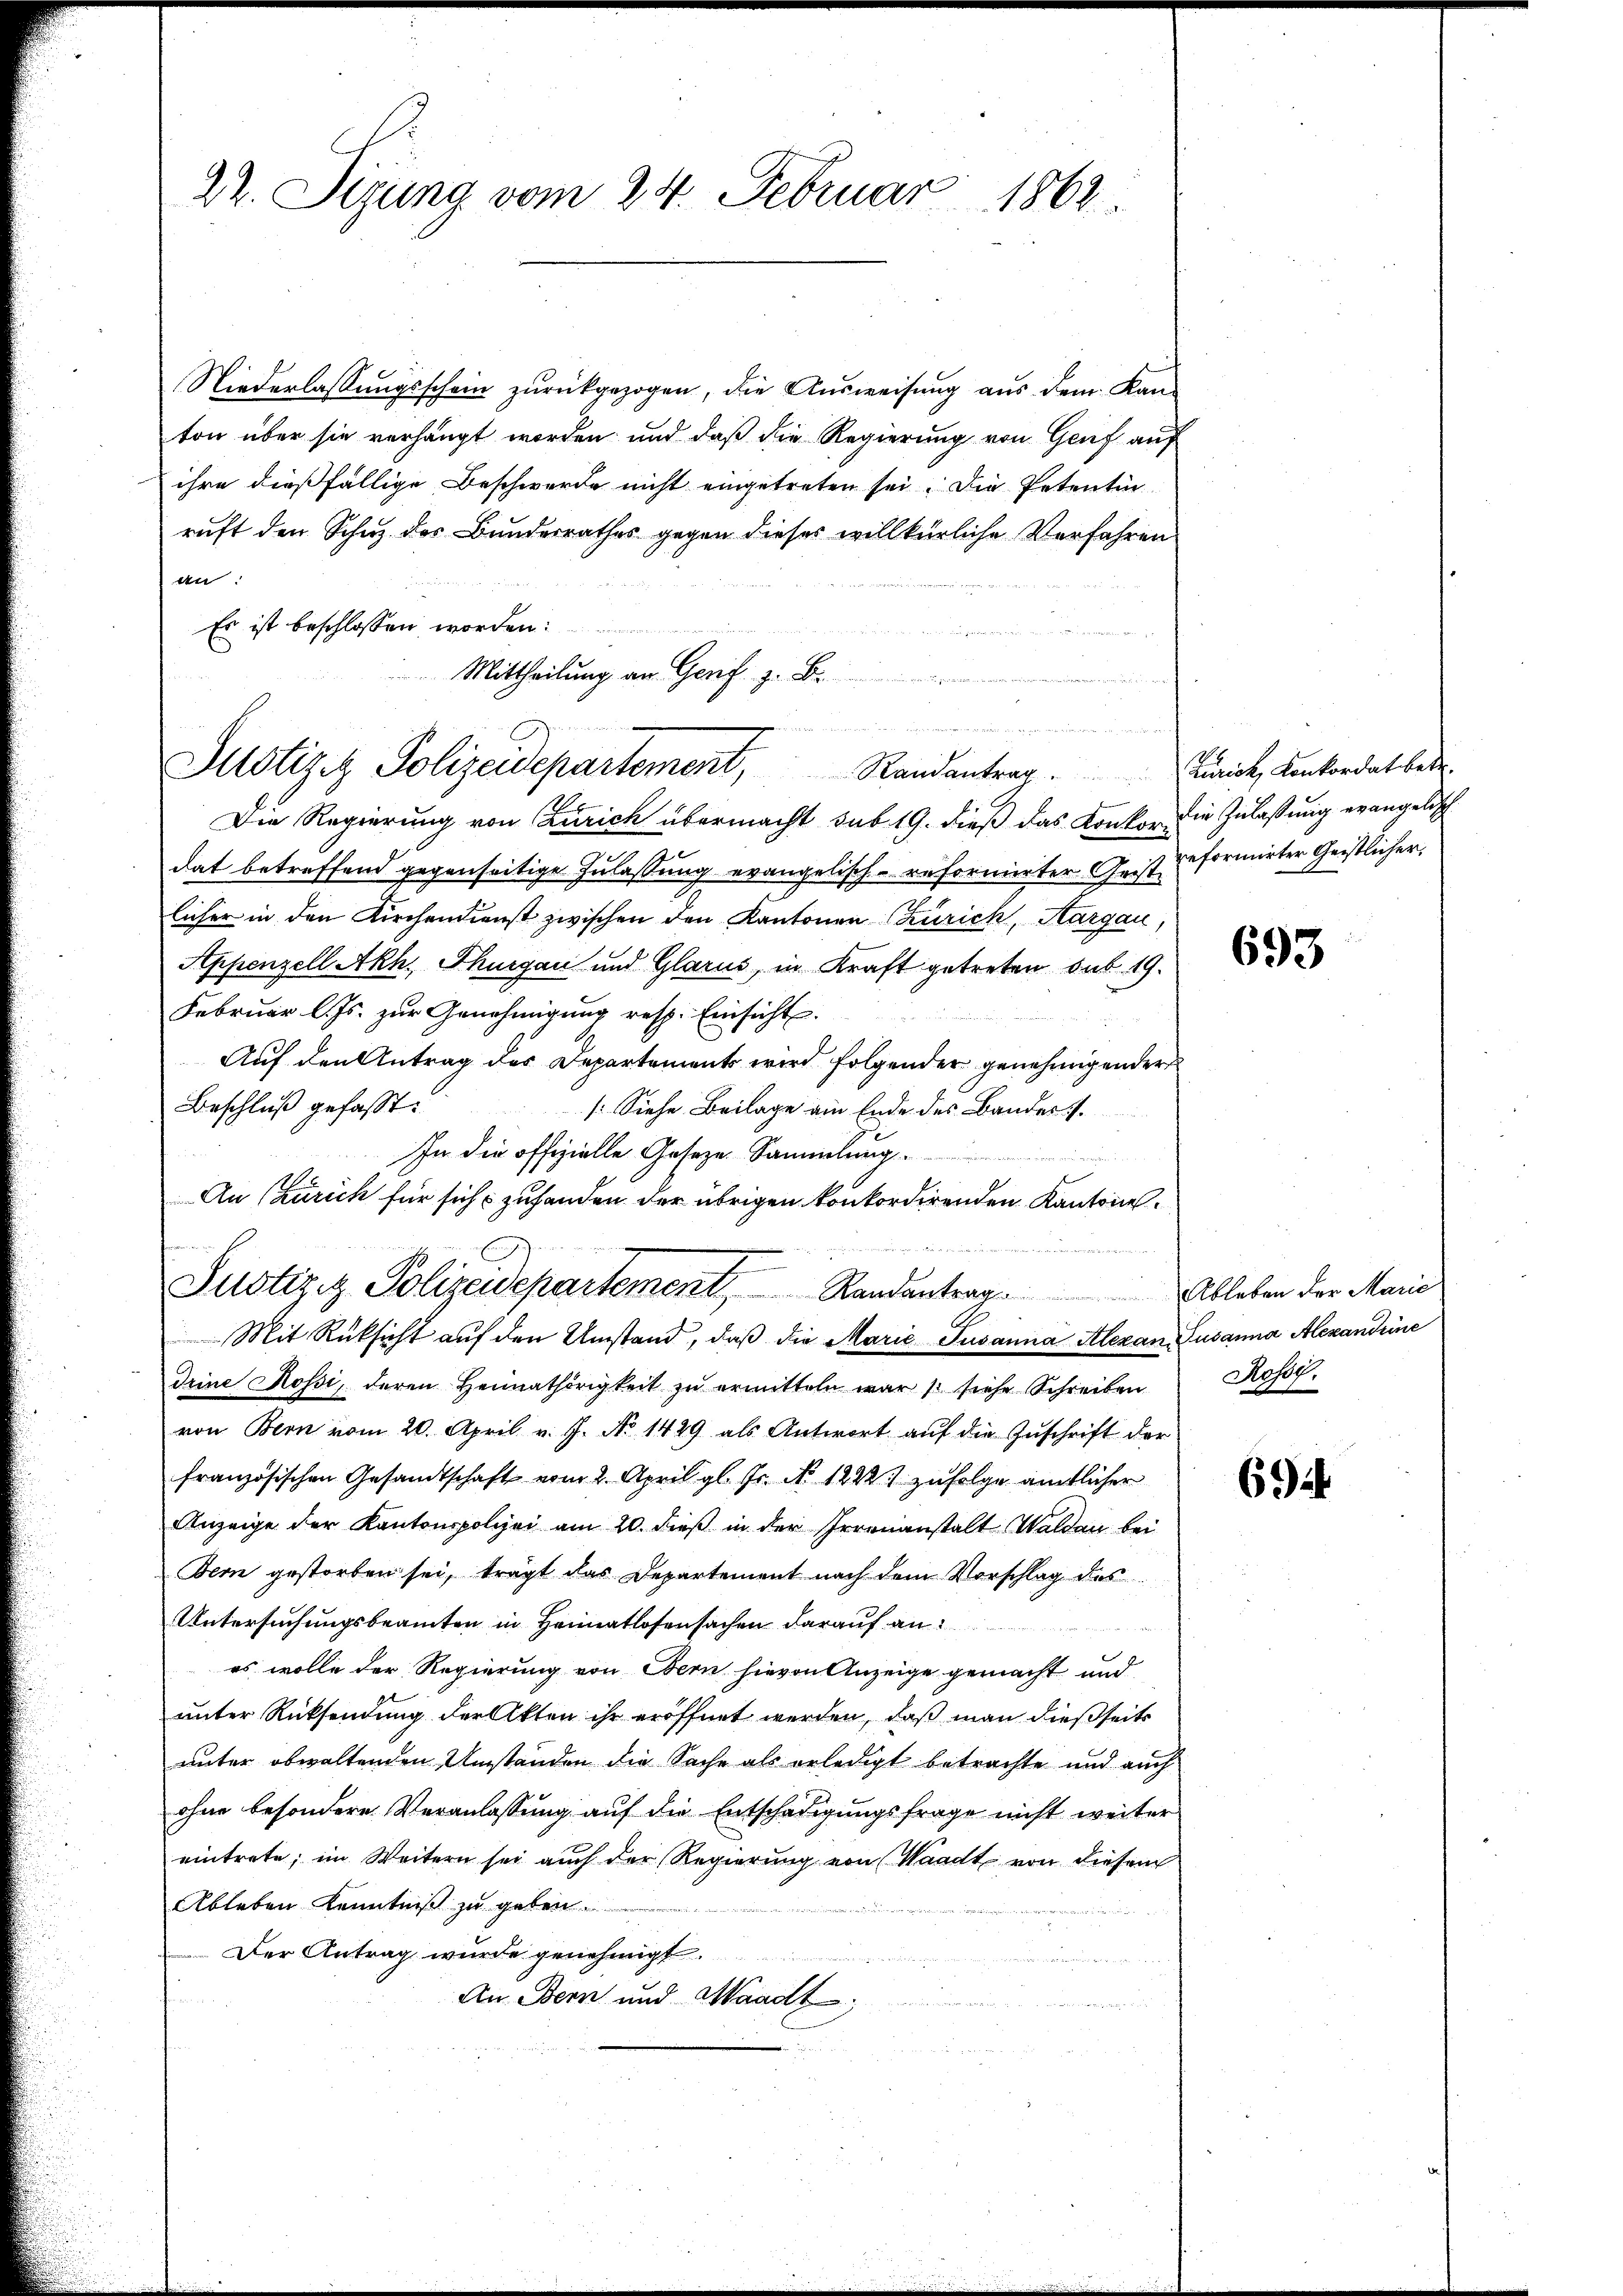
22. Sizung vom 24. Februar 1862.

Niederlassungsschein zurückgezogen, die Ausweisung aus dem Kanton über sie verhängt worden und daß die Regierung von Genf auf
ihre dießfällige Beschwerde nicht eingetreten sei. Die Petentin
ruft den Schuz des Bundesrathes gegen dieses willkürliche Verfahren
An
Es ist beschlossen worden:
Mittheilung an Genf z. B.

.
Justiziz Polizeidepartement, Randantrag.

.
Justiz & Polizeidepartement Randantrag. Ableben der Marie

Die Regierung von Zürich übermacht sub 19. dieß das Konkor die Zulassung evangelisch
dat betreffend gegenseitige Zulassung evangelisch-reformirter Geist reformirter Geistlicher
licher in den Kirchendienst zwischen den Kantonen Zürich, Margau,
Appenzell Akh. Thurgau und Glarus, in Kraft getreten sub 19.
Februar l. Js. zur Genehmigung resp. Einsicht.
Auf den Antrag des Departements wird folgender genehmigender
Beschluß gefasst:
/. Siehe Beilage am Ende des Bandes
In die offizielle Geseze Sammlung.

An (zurich für sich zufanden der übrigen konkordirenden Kantone

Mit Rüksicht aŭf den Umstand, daβ die Marie Susanna Alexan Susanna Alexandeine
drine Rossi, deren Heimathörigkeit zŭ ermitteln war /: siehe Schreiben
von Bern vom 20. April v. J. No 1429 als Antwort auf die Zuschrift der
französischen Gesandtschaft vom 2. April gl. Fr. No. 1222) zufolge amtlicher
Anzeige der Kantonspolizei am 20. dieß in der Irrenanstalt Waldau bei
Bern gestorben sei, trägt das Departement nach dem Vorschlag des
Untersuchungsbeamten in Heimatlosensachen darauf an:
es wolle der Regierung von Bern hievon Anzeige gemacht und
unter Rücksendung der Akten ihr eröffnet werden, daß man dießseits
unter obwaltenden Umständen die Sache als erledigt betrachte und auch
ohne besondere Veranlassung auf die Entschädigungsfrage nicht weiter
eintrete; im Weitern sei auch der Regierung von Waadt von diesem
Ableben Kenntniß zu geben.
Der Antrag wurde genehmigt.
An Bern und Waadt,
e

Zürich, Konkordat betr.

693

Rosse.

692